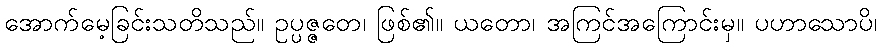
အောက်မေ့ခြင်းသတိသည်။ ဥပ္ပဇ္ဇတေ၊ ဖြစ်၏။ ယတော၊ အကြင်အကြောင်းမှ။ ပဟာသောပိ၊